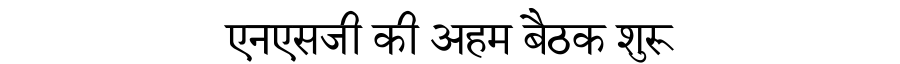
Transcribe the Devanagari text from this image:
एनएसजी की अहम बैठक शुरू